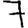
Digit: 7